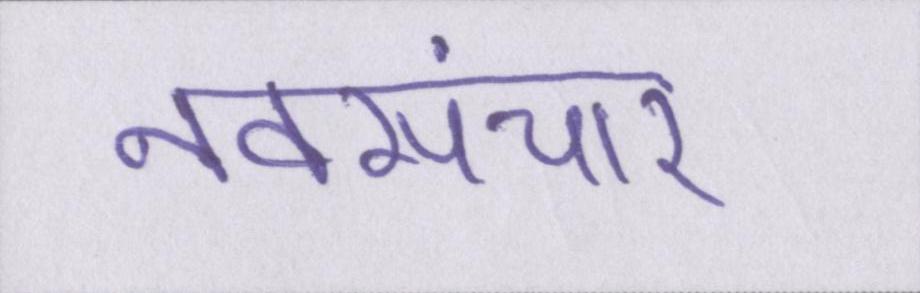
नवसंचार